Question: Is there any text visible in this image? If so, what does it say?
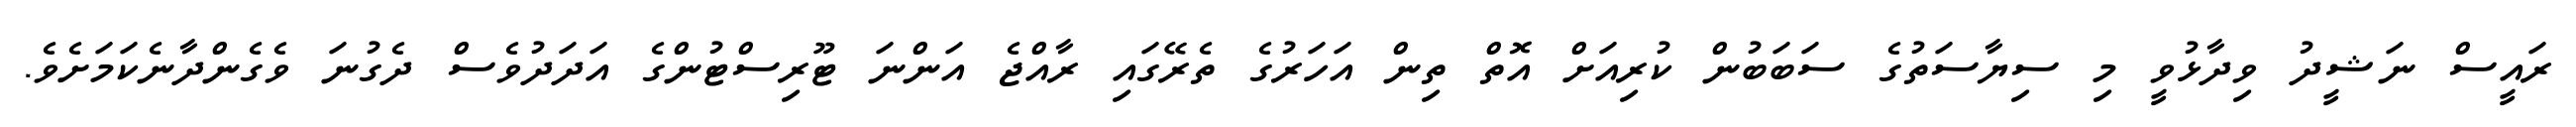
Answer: ރައީސް ނަޝީދު ވިދާޅުވީ މި ސިޔާސަތުގެ ސަބަބުން ކުރިއަށް އޮތް ތިން އަހަރުގެ ތެރޭގައި ރާއްޖެ އަންނަ ޓޫރިސްޓުންގެ އަދަދުވެސް ދެގުނަ ވެގެންދާނެކަމަށެވެ.